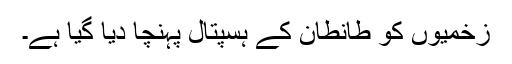
زخمیوں کو طانطان کے ہسپتال پہنچا دیا گیا ہے۔